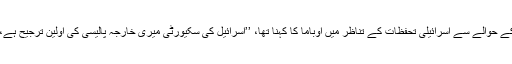
تاہم گزشتہ روز ہونے والی ملاقات میں ایران کے جوہری پروگرام کے حوالے سے اسرائیلی تحفظات کے تناظر میں اوباما کا کہنا تھا، ’’اسرائیل کی سکیورٹی میری خارجہ پالیسی کی اولین ترجیح ہے، اور اس کا اظہار صرف باتوں میں نہیں عمل سے بھی ہوتا رہا ہے۔